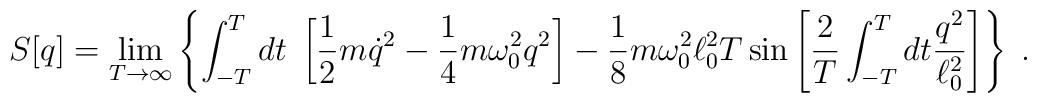
S[q] = \lim_{T \rightarrow \infty} \left\{\int_{-T}^T dt \; \left[\frac12 m \dot{q}^2 - \frac14 m \omega^2_0 q^2\right] - \frac18 m \omega^2_0 \ell_0^2 T\sin\left[ {2 \over T} \int_{-T}^T dt {q^2 \over \ell_0^2}\right] \right\} \; .